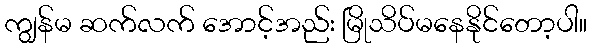
ကျွန်မ ဆက်လက် အောင့်အည်း မြိုသိပ်မနေနိုင်တော့ပါ။